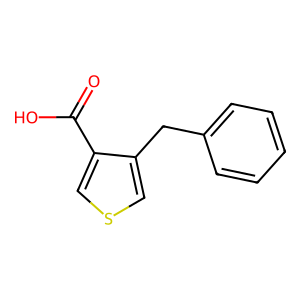
SMILES: O=C(O)c1cscc1Cc1ccccc1
Inhibits HIV replication: No